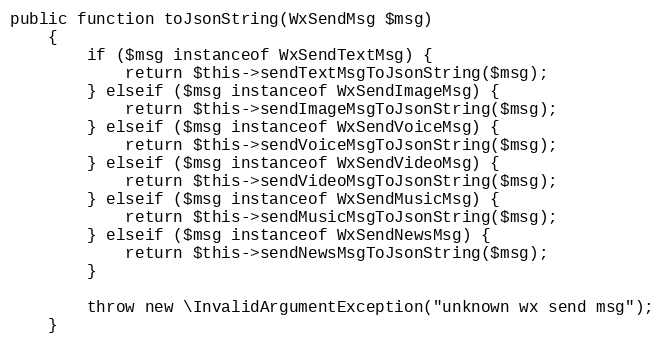
Language: PHP
public function toJsonString(WxSendMsg $msg)
    {
        if ($msg instanceof WxSendTextMsg) {
            return $this->sendTextMsgToJsonString($msg);
        } elseif ($msg instanceof WxSendImageMsg) {
            return $this->sendImageMsgToJsonString($msg);
        } elseif ($msg instanceof WxSendVoiceMsg) {
            return $this->sendVoiceMsgToJsonString($msg);
        } elseif ($msg instanceof WxSendVideoMsg) {
            return $this->sendVideoMsgToJsonString($msg);
        } elseif ($msg instanceof WxSendMusicMsg) {
            return $this->sendMusicMsgToJsonString($msg);
        } elseif ($msg instanceof WxSendNewsMsg) {
            return $this->sendNewsMsgToJsonString($msg);
        }

        throw new \InvalidArgumentException("unknown wx send msg");
    }